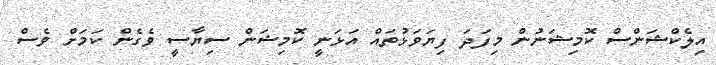
އިލެކްޝަންސް ކޮމިޝަނުން މިފަދަ ފިޔަވަޅުތައް އަޅަނީ ކޮމިޝަން ސިޔާސީ ވެގެން ކަމަށް ވެސް